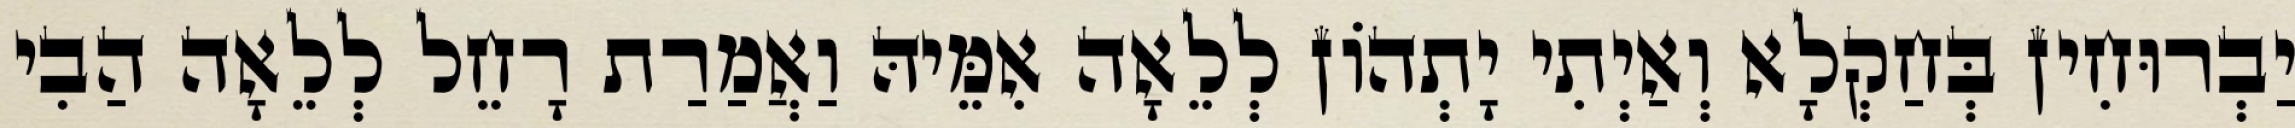
יַבְרוּחִין בְּחַקְלָא וְאַיְתִי יָתְהוֹן לְלֵאָה אִמֵּיהּ וַאֲמַרַת רָחֵל לְלֵאָה הַבִי